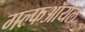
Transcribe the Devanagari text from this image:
गल्फऑयल